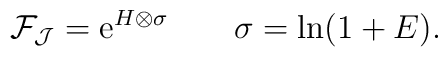
{\cal F}_{\cal J}= {\rm e}^{H \otimes \sigma}  \qquad\sigma=\ln (1+E).